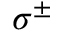
\sigma ^ { \pm }